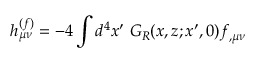
h _ { \mu \nu } ^ { ( f ) } = - 4 \int d ^ { 4 } x ^ { \prime } ~ G _ { R } ( x , z ; x ^ { \prime } , 0 ) f _ { , \mu \nu }